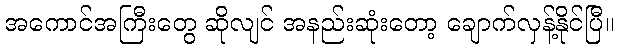
အကောင်အကြီးတွေ ဆိုလျင် အနည်းဆုံးတော့ ချောက်လှန့်နိုင်ပြီ။